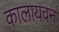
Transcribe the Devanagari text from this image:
कालायवन